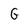
Character: G